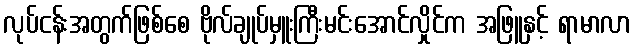
လုပ်ငန်းအတွက်ဖြစ်စေ ဗိုလ်ချုပ်မှူးကြီးမင်းအောင်လှိုင်က အဖြူနှင့် ရာမာလာ